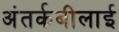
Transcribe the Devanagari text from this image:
अंतर्कबीलाई